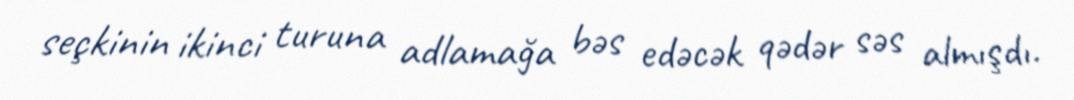
seçkinin ikinci turuna adlamağa bəs edəcək qədər səs almışdı.